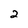
Character: 2